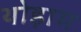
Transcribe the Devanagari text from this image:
थोड़ाम